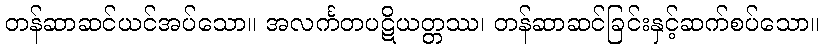
တန်ဆာဆင်ယင်အပ်သော။ အလင်္ကတပဋိယတ္တဿ၊ တန်ဆာဆင်ခြင်းနှင့်ဆက်စပ်သော။